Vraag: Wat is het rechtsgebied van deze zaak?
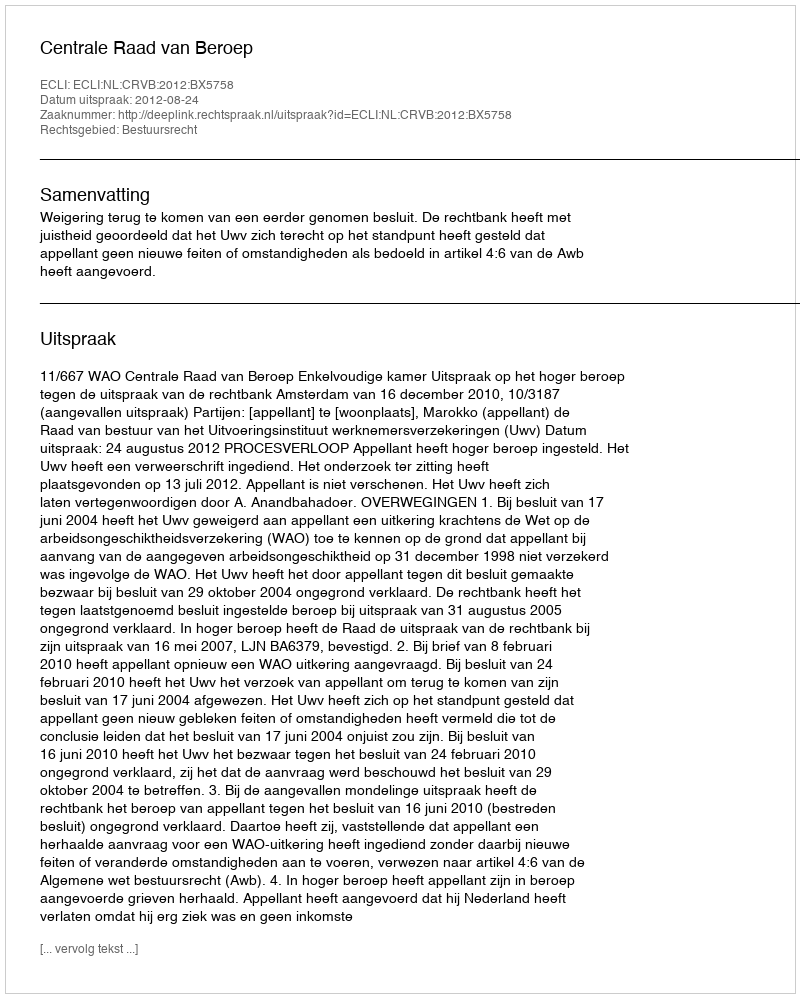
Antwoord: Bestuursrecht